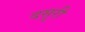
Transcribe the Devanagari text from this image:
दसूरी